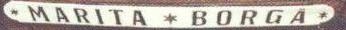
MARITA - BORGA